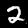
Digit: 2